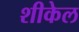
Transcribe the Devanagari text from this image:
शीकेल